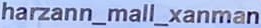
harzan_mall_xanman